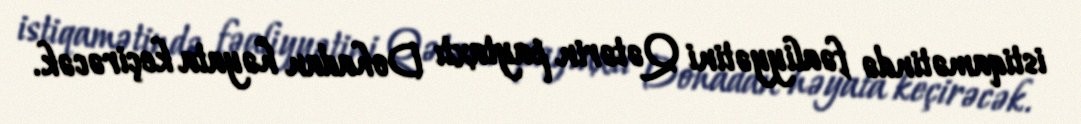
istiqamətində fəaliyyətini Qətərin paytaxtı Dohadan həyata keçirəcək.